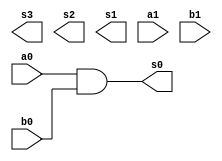
module multiplier(s3, s2, s1, s0, a0, a1, b0, b1);
  input a0, a1, b0, b1;
  output s3, s2, s1, s0;
  wire y0, y1, y2;
  
  and gate1(s0, a0, b0);
  and gate2(y1, a1, b0);
  and gate3(y0, a0, b1);
  and gate4(y2, a1, b1);

  halfadder ha0(s1, c1, y0, y1);
  halfadder ha1(s2, s3, c1, y2);
endmodule

module halfadder(a, b, sum, carry);
  input a, b;
  output sum, carry;
  
  xor x1(sum, a, b);
  and a1(carry, a, b);
endmodule